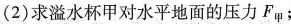
(2)求溢水杯甲对水平地面的压力F_{甲}﹔